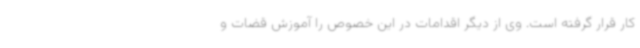
کار قرار گرفته است. وی از دیگر اقدامات در این خصوص را آموزش قضات و